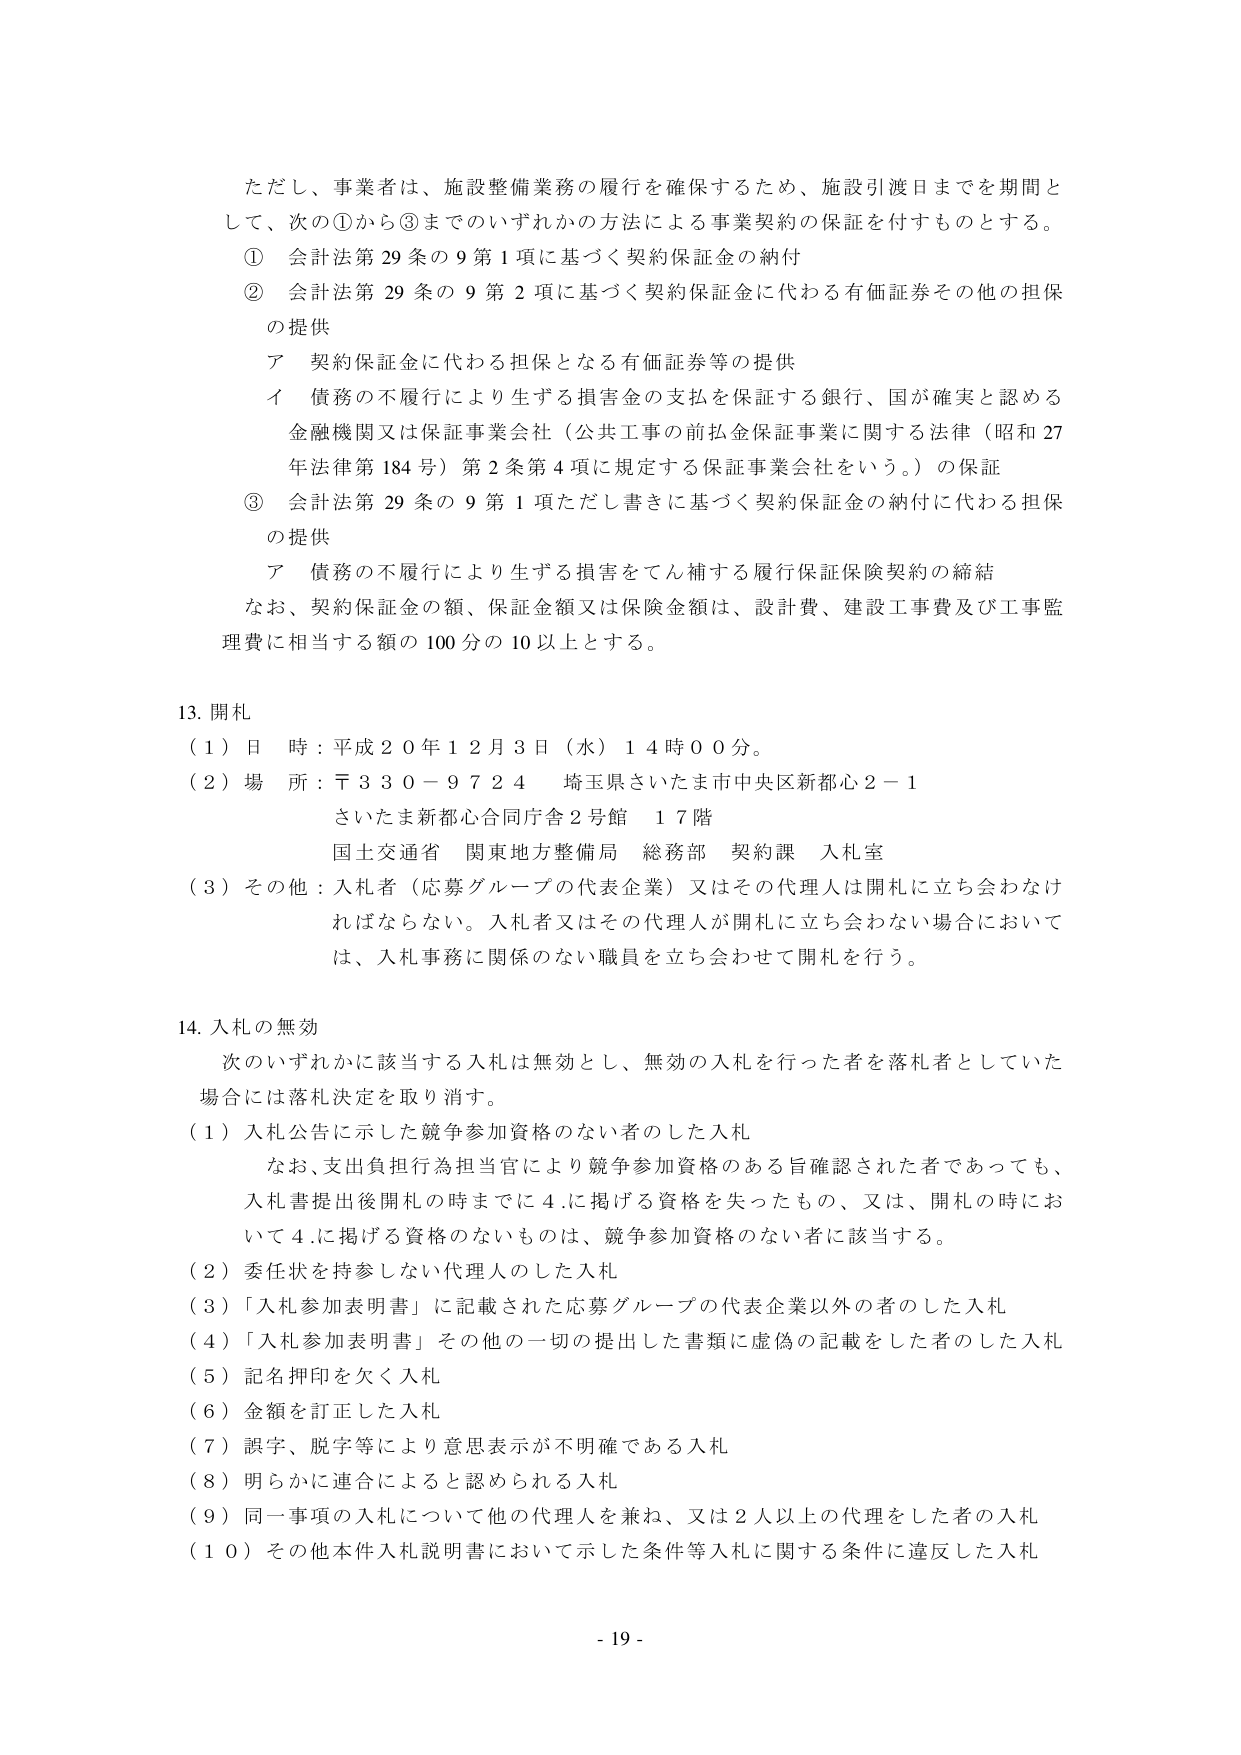
ただし、事業者は、施設整備業務の履行を確保するため、施設引渡日までを期間として、次の①から③までのいずれかの方法による事業契約の保証を付すものとする。

① 会計法第29条の9第1項に基づく契約保証金の納付

② 会計法第29条の9第2項に基づく契約保証金に代わる有価証券その他の担保の提供

　ア 契約保証金に代わる担保となる有価証券等の提供

　イ 債務の不履行により生ずる損害金の支払を保証する銀行、国が確実と認める金融機関又は保証事業会社（公共工事の前払金保証事業に関する法律（昭和27年法律第184号）第2条第4項に規定する保証事業会社をいう。）の保証

③ 会計法第29条の9第1項ただし書きに基づく契約保証金の納付に代わる担保の提供

　ア 債務の不履行により生ずる損害をてん補する履行保証保険契約の締結

なお、契約保証金の額、保証金額又は保険金額は、設計費、建設工事費及び工事監理費に相当する額の100分の10以上とする。

13. 開札

（1）日 時：平成20年12月3日（水）14時00分。

（2）場 所：〒330-9724 埼玉県さいたま市中央区新都心2-1

　　　　　さいたま新都心合同庁舎2号館 17階

　　　　　国土交通省 関東地方整備局 総務部 契約課 入札室

（3）その他：入札者（応募グループの代表企業）又はその代理人は開札に立ち会わなければならない。入札者又はその代理人が開札に立ち会わない場合においては、入札事務に関係のない職員を立ち会わせて開札を行う。

14. 入札の無効

次のいずれかに該当する入札は無効とし、無効の入札を行った者を落札者としていた場合には落札決定を取り消す。

（1）入札公告に示した競争参加資格のない者のした入札

　　なお、支出負担行為担当官により競争参加資格のある旨確認された者であっても、入札書提出後開札の時までに4.に掲げる資格を失ったもの、又は、開札の時において4.に掲げる資格のないものは、競争参加資格のない者に該当する。

（2）委任状を持参しない代理人のした入札

（3）「入札参加表明書」に記載された応募グループの代表企業以外の者のした入札

（4）「入札参加表明書」その他の一切の提出した書類に虚偽の記載をした者のした入札

（5）記名押印を欠く入札

（6）金額を訂正した入札

（7）誤字、脱字等により意思表示が不明確である入札

（8）明らかに連合によると認められる入札

（9）同一事項の入札について他の代理人を兼ね、又は2人以上の代理をした者の入札

（10）その他本件入札説明書において示した条件等入札に関する条件に違反した入札

- 19 -